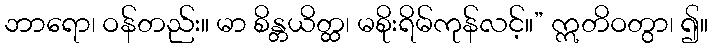
ဘာရော၊ ဝန်တည်း။ မာ စိန္တယိတ္ထ၊ မစိုးရိမ်ကုန်လင့်။” ဣတိဝတွာ၊ ၍။